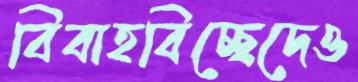
বিবাহবিচ্ছেদেও